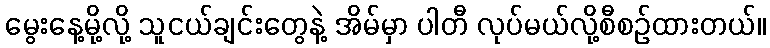
မွေးနေ့မို့လို့ သူငယ်ချင်းတွေနဲ့ အိမ်မှာ ပါတီ လုပ်မယ်လို့စီစဉ်ထားတယ်။